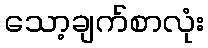
သော့ချက်စာလုံး